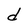
Character: d